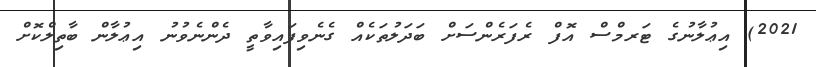
2021) އިޢުލާނުގެ ޓަރމްސް އޮފް ރެފަރެންސަށް ބަދަލުތަކެއް ގެނެވިފައިވާތީ ދެންނެވުނު އިޢުލާން ބާތިލްކޮށް